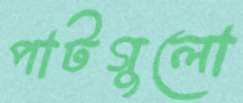
পাটগুলো